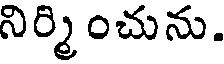
నిర్మించును.